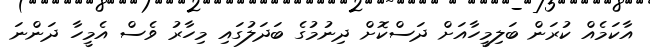
އާކަމެއް ކުރަން ބަލިމީހާއަށް ދަސްކޮށް ދިނުމުގެ ބަދަލުގައި މިހާރު ވެސް އެމީހާ ދަންނަ